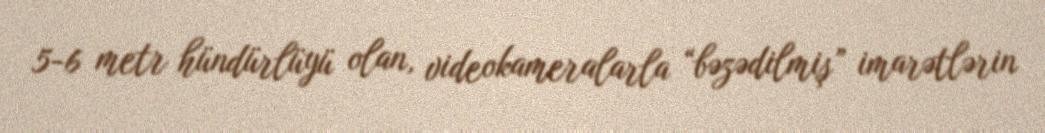
5-6 metr hündürlüyü olan, videokameralarla “bəzədilmiş” imarətlərin